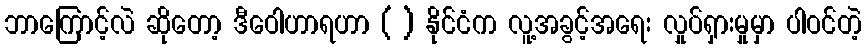
ဘာကြောင့်လဲ ဆိုတော့ ဒီဝေါဟာရဟာ ( ) နိုင်ငံက လူ့အခွင့်အရေး လှုပ်ရှားမှုမှာ ပါဝင်တဲ့